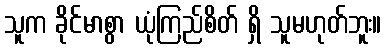
သူက ခိုင်မာစွာ ယုံကြည်စိတ် ရှိ သူမဟုတ်ဘူး။